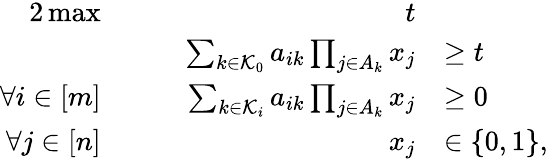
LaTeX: \begin{array}{rlrl}{{2}\operatorname*{max}}&{}&{\quad t}\\ &{}&{\quad\sum_{k\in{\mathcal K}_{0}}a_{ik}\prod_{j\in A_{k}}x_{j}}&{\ge t}\\ {\forall i\in[m]}&{}&{\quad\sum_{k\in{\mathcal K}_{i}}a_{ik}\prod_{j\in A_{k}}x_{j}}&{\ge 0}\\ {\forall j\in[n]}&{}&{\quad x_{j}}&{\in\{ 0,1\} ,}\end{array}